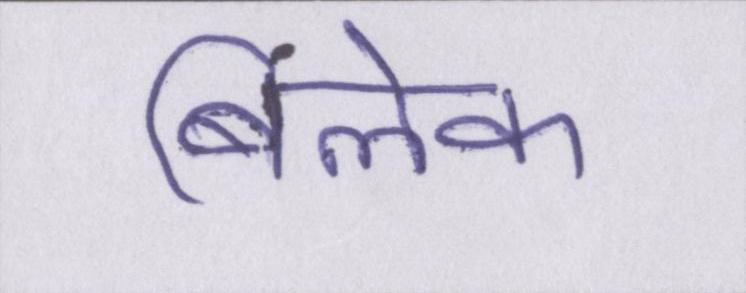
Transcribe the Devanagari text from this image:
बिलेक